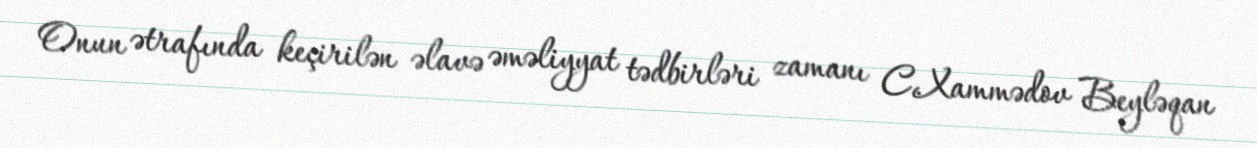
Onun ətrafında keçirilən əlavə əməliyyat tədbirləri zamanı C.Xammədov Beyləqan